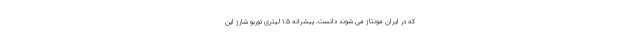
که در ایران مونتاژ می شوند دانست. پیشرانه 1.5 لیتری توربو شارژ این